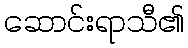
ဆောင်းရာသီ၏